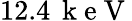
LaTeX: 12.4\, \mathrm{~k~e~V~}